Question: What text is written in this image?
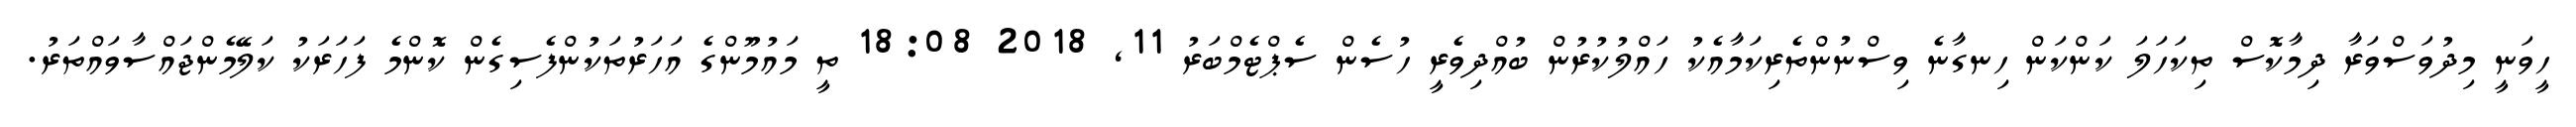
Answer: ހީވަނީ މިދުވަސްވަރާ ދިމާކޮސް ތިކަހަލަ ކަންކަން ހިނގާނެ ވިސްނުންތެރިކަމާއެކު ހައްލުކުރުން ބުއްދިވެރީ ހުސެން ސެޕްޓެމްބަރު 11, 2018 18:08 ތީ މައުމޫންގެ އަހަރުތަކުންފެސިގެން ކޮންމެ ފަހަރަކު ކަލޭމެންޖައްސާވައްތަރު.